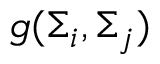
g ( \Sigma _ { i } , \Sigma _ { j } )